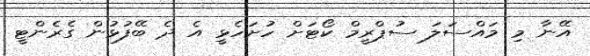
އޭނާ މި މައްސަލަ ސުޕްރީމް ކޯޓަށް ހުށަހެޅީ އެ ދެ ބޭފުޅުން ގެރެންޓީ